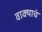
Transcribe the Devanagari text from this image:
वाक्याचं